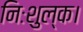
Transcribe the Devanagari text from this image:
निःशुल्क।